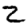
Digit: 2